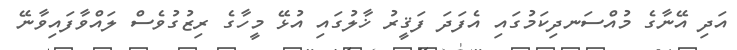
އަދި އޭނާގެ މުއްސަނދިކަމުގައި އެފަދަ ފަޤީރު ޚާލުގައި އުޅޭ މީހާގެ ރިޒުގުވެސް ލައްވާފައިވާނޭ